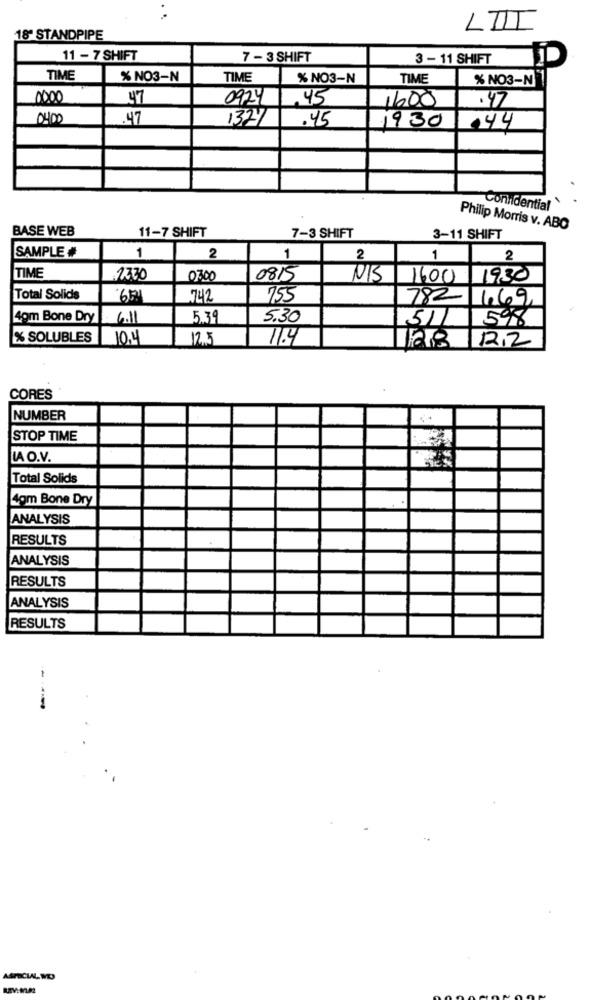
LIII
18" STANDPIPE
11 - 7 SHIFT
7 - 3 SHIFT
3 - 11 SHIFT
D
TIME
% NO3-N
TIME
% NO3-N
TIME
% NO3-N
0000
47
0924
.45
1600
.47
0400
.47
1327
.45
930
.44
Confidential
BASE WEB
11-7 SHIFT
Philip Morris v. ABO
7-3 SHIFT
3-11 SHIFT
SAMPLE #
1
2
1
2
1
2
TIME
2330
03.00
0815
N/S
1600 1930
Total Solids
742
755
782 1.69
4pm Bone Dry
6.11
5.39
5.30
51
598
% SOLUBLES
10.4
12.5
11.4
188 12.2
CORES
NUMBER
STOP TIME
LAO.V.
Total Solids
4gm Bone Dry
ANALYSIS
RESULTS
ANALYSIS
RESULTS
ANALYSIS
RESULTS
---
ASPECIAL NO